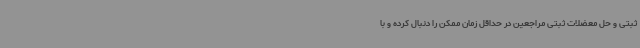
ثبتی و حل معضلات ثبتی مراجعین در حداقل زمان ممکن را دنبال کرده و با